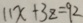
1 1 x + 3 z = 9 2